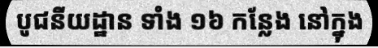
បូជនីយដ្ឋាន ទាំង ១៦ កន្លែង នៅក្នុង